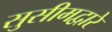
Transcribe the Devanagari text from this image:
सुसीमद्वारे